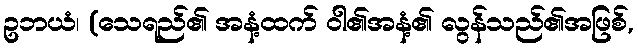
ဥဘယံ၊ (သေရည်၏ အနံ့ထက် ဝါ၏အနံ့၏ လွန်သည်၏အဖြစ်,